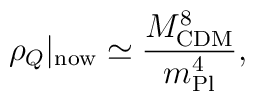
\rho_Q \vert_{\rm now} \simeq \frac{M_{\rm CDM}^8}{m_{\rm Pl}^4},